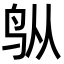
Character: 𬷿